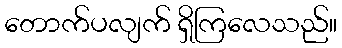
တောက်ပလျက် ရှိကြလေသည်။